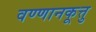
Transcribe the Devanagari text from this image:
वण्णानकूत्तु